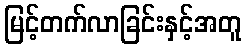
မြင့်တက်လာခြင်းနှင့်အတူ